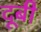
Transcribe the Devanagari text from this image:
दूबी